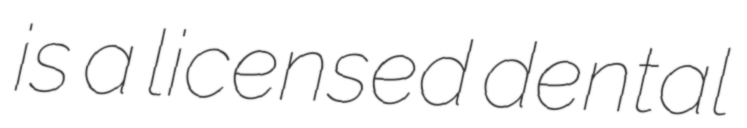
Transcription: is a licensed dental